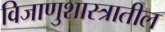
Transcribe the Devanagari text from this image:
विजाणुशास्त्रातील